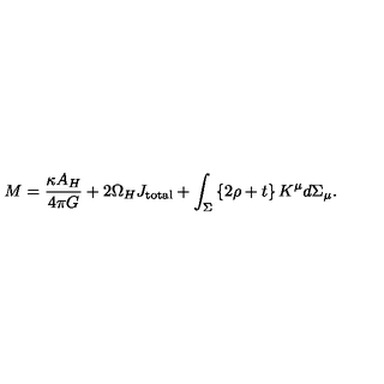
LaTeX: M = { \frac { \kappa A _ { H } } { 4 \pi G } } + 2 \Omega _ { H } J _ { \mathrm { t o t a l } } + \int _ { \Sigma } \left\{ 2 \rho + t \right\} K ^ { \mu } d \Sigma _ { \mu } .